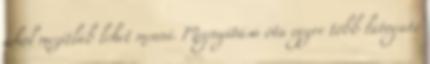
ahol mezítláb lehet menni. Megnyitása óta egyre több látogató